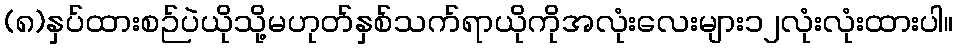
(၈)နှပ်ထားစဉ်ပဲယိုသို့မဟုတ်နှစ်သက်ရာယိုကိုအလုံးလေးများ၁၂လုံးလုံးထားပါ။